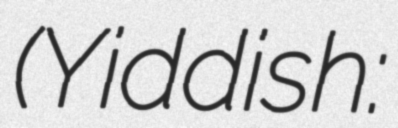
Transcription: (Yiddish: